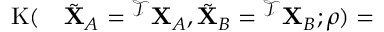
\begin{array} { r l } { \mathrm { K } ( } & { { } \tilde { \mathbf { X } } _ { A } = { } ^ { \mathcal { T } } \mathbf { X } _ { A } , \tilde { \mathbf { X } } _ { B } = { } ^ { \mathcal { T } } \mathbf { X } _ { B } ; \boldsymbol { \rho } ) = } \end{array}